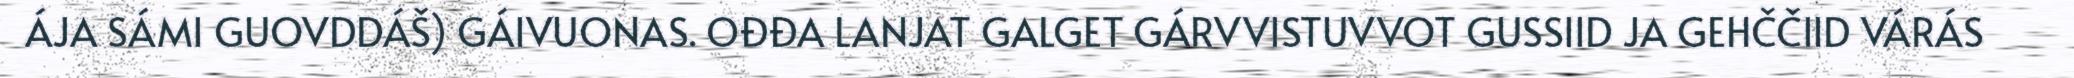
ÁJA SÁMI GUOVDDÁŠ) GÁIVUONAS. OĐĐA LANJAT GALGET GÁRVVISTUVVOT GUSSIID JA GEHČČIID VÁRÁS